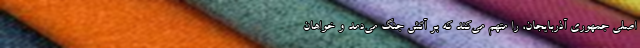
اصلی جمهوری آذربایجان، را متهم می‌کند که بر آتش جنگ می‌دمد و خواهان